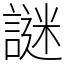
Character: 謎